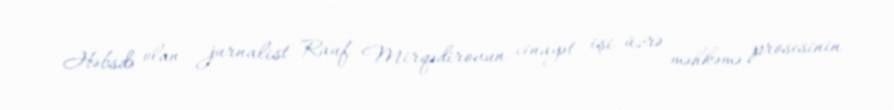
Həbsdə olan jurnalist Rauf Mirqədirovun cinayət işi üzrə məhkəmə prosesinin